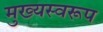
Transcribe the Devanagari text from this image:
मुख्यस्वरूप